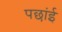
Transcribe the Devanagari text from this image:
पछांई